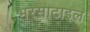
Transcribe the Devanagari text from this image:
भरसाटाइल